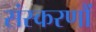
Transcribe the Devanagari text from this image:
संस्करणौं